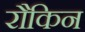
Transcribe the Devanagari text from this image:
रौकिन